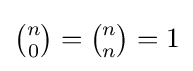
{\tbinom {n}{0}}={\tbinom {n}{n}}=1